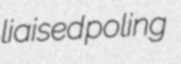
liaised poling